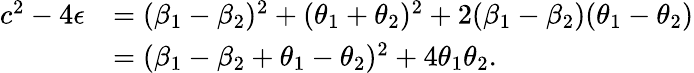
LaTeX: \begin{array}{rl}{c^{2}-4\epsilon}&{=(\beta_{1}-\beta_{2})^{2}+(\theta_{1}+\theta_{2})^{2}+2(\beta_{1}-\beta_{2})(\theta_{1}-\theta_{2})}\\ &{=(\beta_{1}-\beta_{2}+\theta_{1}-\theta_{2})^{2}+4\theta_{1}\theta_{2}.}\end{array}